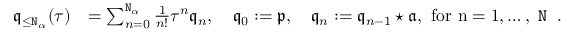
\begin{array} { r l } { \mathfrak { q } _ { \le \mathtt { N } _ { \alpha } } ( \tau ) } & { = \sum _ { n = 0 } ^ { \mathtt { N } _ { \alpha } } \frac { 1 } { n ! } \tau ^ { n } \mathfrak { q } _ { n } , \quad \mathfrak { q } _ { 0 } : = \mathfrak { p } , \quad \mathfrak { q } _ { n } : = \mathfrak { q } _ { n - 1 } \star \mathfrak { a } , \mathrm { ~ f o r ~ n = 1 , \ldots , ~ \mathtt { N } _ \alpha ~ . } } \end{array}